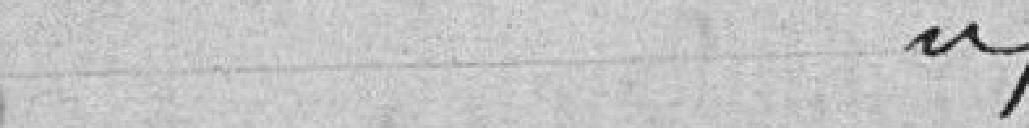
idem